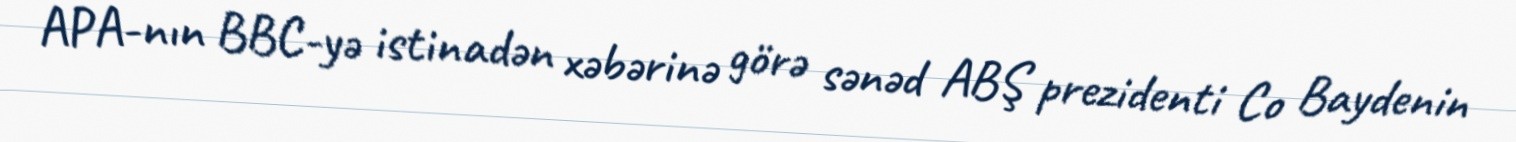
APA-nın BBC-yə istinadən xəbərinə görə sənəd ABŞ prezidenti Co Baydenin